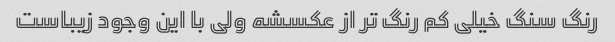
رنگ سنگ خیلی کم رنگ تر از عکسشه ولی با این وجود زیباست